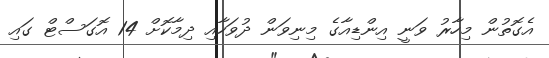
އެގޮތުން މިހާރު ވަނީ އިންޑިއާގެ މިނިވަން ދުވަހާއި ދިމާކޮށް 14 އޮގަސްޓް ގައި